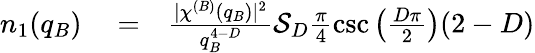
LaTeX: \begin{array}{rlr}{n_{1}(q_{B})}&{{}=}&{\frac{\lvert\chi^{(B)}(q_{B})\rvert^{2}}{q_{B}^{4-D}}\mathcal{S}_{D}\frac{\pi}{4}\csc\left(\frac{D\pi}{2}\right)(2-D)}\end{array}